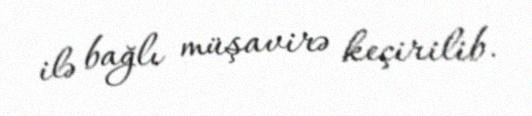
ilə bağlı müşavirə keçirilib.